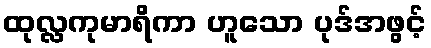
ထုလ္လကုမာရိကာ ဟူသော ပုဒ်အဖွင့်